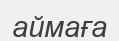
аймаға